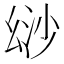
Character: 𢇄